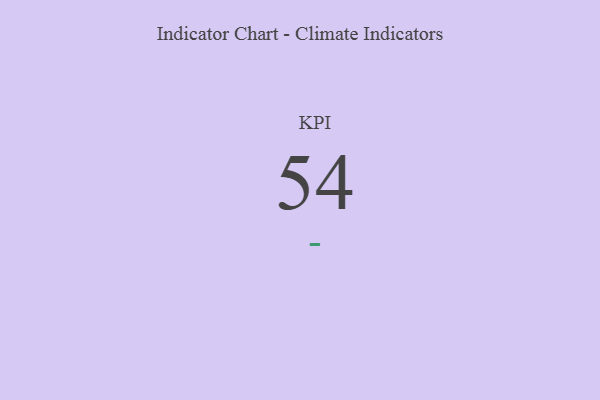
{"axis": {"x": "KPI", "y": "Value"}, "legend": [""], "data": [{"x": "KPI", "y": 54, "type": ""}]}